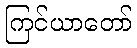
ကြင်ယာတော်